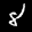
Label: 8